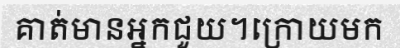
គាត់មានអ្នកជួយ។ក្រោយមក